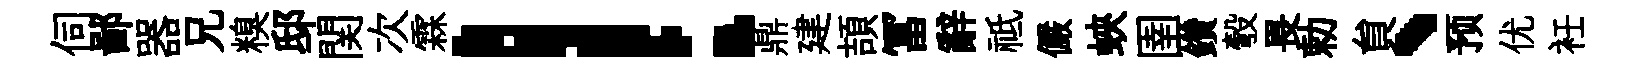
伺鄙器兄糗邸関次霖！鼎建頡冨辭祗儼蛺圉鑽彀畏勅貟、预优衽